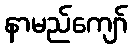
နာမည်ကျော်